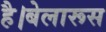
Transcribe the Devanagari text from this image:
है।बेलारूस